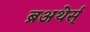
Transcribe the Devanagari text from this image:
ब्रअथेर्स्